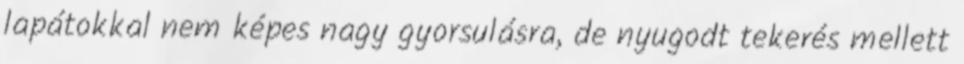
lapátokkal nem képes nagy gyorsulásra, de nyugodt tekerés mellett